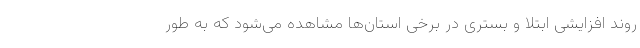
روند افزایشی ابتلا و بستری در برخی استان‌ها مشاهده می‌شود که به طور